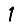
Digit: 1